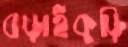
বড়াইকুড়ি